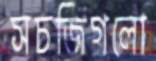
সচজিগলো